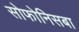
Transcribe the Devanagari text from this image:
सोफोनिसबा